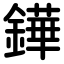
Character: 鏵